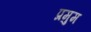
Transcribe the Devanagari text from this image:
प्रमुम